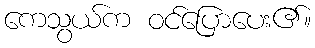
ကေသွယ်က ဝင်ပြောပေး၏။